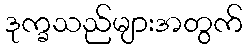
ဒုက္ခသည်များအတွက်